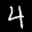
Label: 4